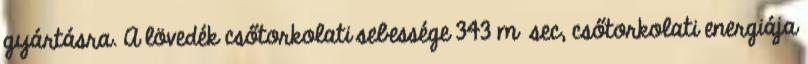
gyártásra. A lövedék csőtorkolati sebessége 343 m sec, csőtorkolati energiája